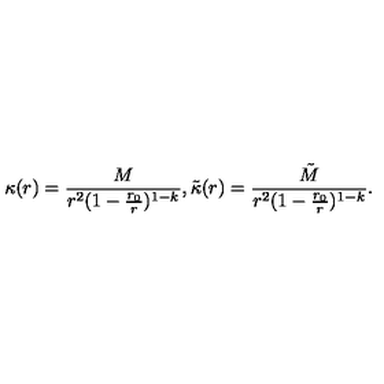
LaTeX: \kappa ( r ) = \frac { M } { r ^ { 2 } ( 1 - \frac { r _ { 0 } } { r } ) ^ { 1 - k } } , \tilde { \kappa } ( r ) = \frac { \tilde { M } } { r ^ { 2 } ( 1 - \frac { r _ { 0 } } { r } ) ^ { 1 - k } } .